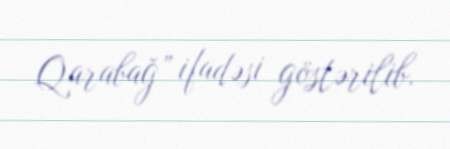
Qarabağ” ifadəsi göstərilib.